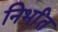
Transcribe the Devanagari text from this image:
निर्भांत